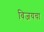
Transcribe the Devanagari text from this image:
विजयचा